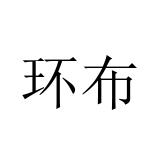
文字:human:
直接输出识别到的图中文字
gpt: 环布